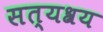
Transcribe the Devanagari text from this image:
सत्यश्रय